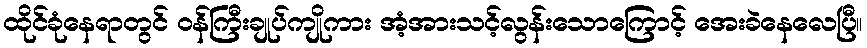
ထိုင်ခုံနေရာတွင် ဝန်ကြီးချုပ်ကျိုကား အံ့အားသင့်လွန်းသောကြောင့် အေးခဲနေလေပြီ။